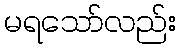
မရသော်လည်း